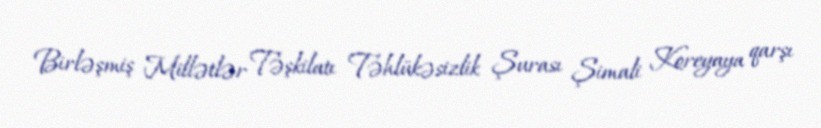
Birləşmiş Millətlər Təşkilatı Təhlükəsizlik Şurası Şimali Koreyaya qarşı